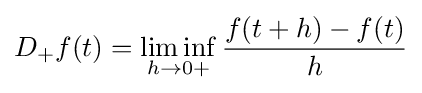
D_{+}f(t)=\liminf _{h\to {0+}}{\frac {f(t+h)-f(t)}{h}}